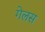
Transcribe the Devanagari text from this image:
गेलस